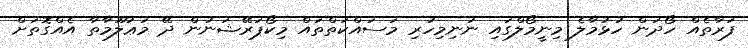
ފަރާތެއް ހޯދަން ހުޅުމާލެ މިނީމޯލްގައި ނުނިމިހުރި މަސައްކަތްތައް މިކޯޕަރޭޝަނުން ދޭ މަޢުލޫމާތާ އެއްގޮތަށް